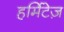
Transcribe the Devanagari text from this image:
हर्मिटेज़